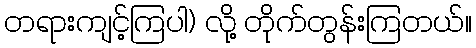
တရားကျင့်ကြပါ) လို့ တိုက်တွန်းကြတယ်။